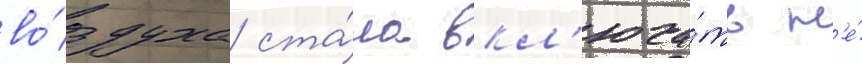
во́здуха ста́ла вкл'юча́ть н'е́